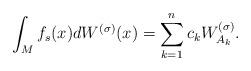
LaTeX: \begin{align*}\int_Mf_s(x)dW^{(\sigma)}(x)=\sum_{k=1}^nc_kW_{A_k}^{(\sigma)}.\end{align*}